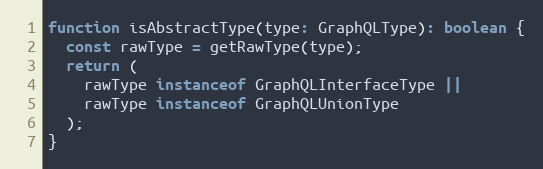
Language: JavaScript
function isAbstractType(type: GraphQLType): boolean {
  const rawType = getRawType(type);
  return (
    rawType instanceof GraphQLInterfaceType ||
    rawType instanceof GraphQLUnionType
  );
}